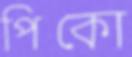
পিকো